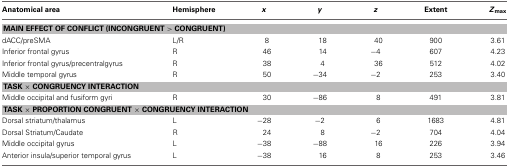
<table><thead><tr><td><b>Anatomical area</b></td><td><b>Hemisphere</b></td><td><b><i>x</i></b></td><td><b><i>y</i></b></td><td><b><i>z</i></b></td><td><b>Extent</b></td><td><b><i>Z</i><sub>max</sub></b></td></tr></thead><tbody><tr><td colspan="7"><b>MAIN EFFECT OF CONFLICT (INCONGRUENT &gt; CONGRUENT)</b></td></tr><tr><td>dACC/preSMA</td><td>L/R</td><td>8</td><td>18</td><td>40</td><td>900</td><td>3.61</td></tr><tr><td>Inferior frontal gyrus</td><td>R</td><td>46</td><td>14</td><td>−4</td><td>607</td><td>4.23</td></tr><tr><td>Inferior frontal gyrus/precentralgyrus</td><td>R</td><td>38</td><td>4</td><td>36</td><td>512</td><td>4.02</td></tr><tr><td>Middle temporal gyrus</td><td>R</td><td>50</td><td>−34</td><td>−2</td><td>253</td><td>3.40</td></tr><tr><td colspan="7"><b>TASK × CONGRUENCY INTERACTION</b></td></tr><tr><td>Middle occipital and fusiform gyri</td><td>R</td><td>30</td><td>−86</td><td>8</td><td>491</td><td>3.81</td></tr><tr><td colspan="7"><b>TASK × PROPORTION CONGRUENT × CONGRUENCY INTERACTION</b></td></tr><tr><td>Dorsal striatum/thalamus</td><td>L</td><td>−28</td><td>−2</td><td>6</td><td>1683</td><td>4.81</td></tr><tr><td>Dorsal Striatum/Caudate</td><td>R</td><td>24</td><td>8</td><td>−2</td><td>704</td><td>4.04</td></tr><tr><td>Middle occipital gyrus</td><td>L</td><td>−38</td><td>−88</td><td>16</td><td>226</td><td>3.94</td></tr><tr><td>Anterior insula/superior temporal gyrus</td><td>L</td><td>−38</td><td>16</td><td>8</td><td>253</td><td>3.46</td></tr></tbody></table>